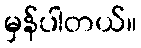
မှန်ပါတယ်။